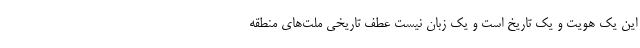
این یک هویت و یک تاریخ است و یک زبان نیست عطف تاریخی ملت‌های منطقه